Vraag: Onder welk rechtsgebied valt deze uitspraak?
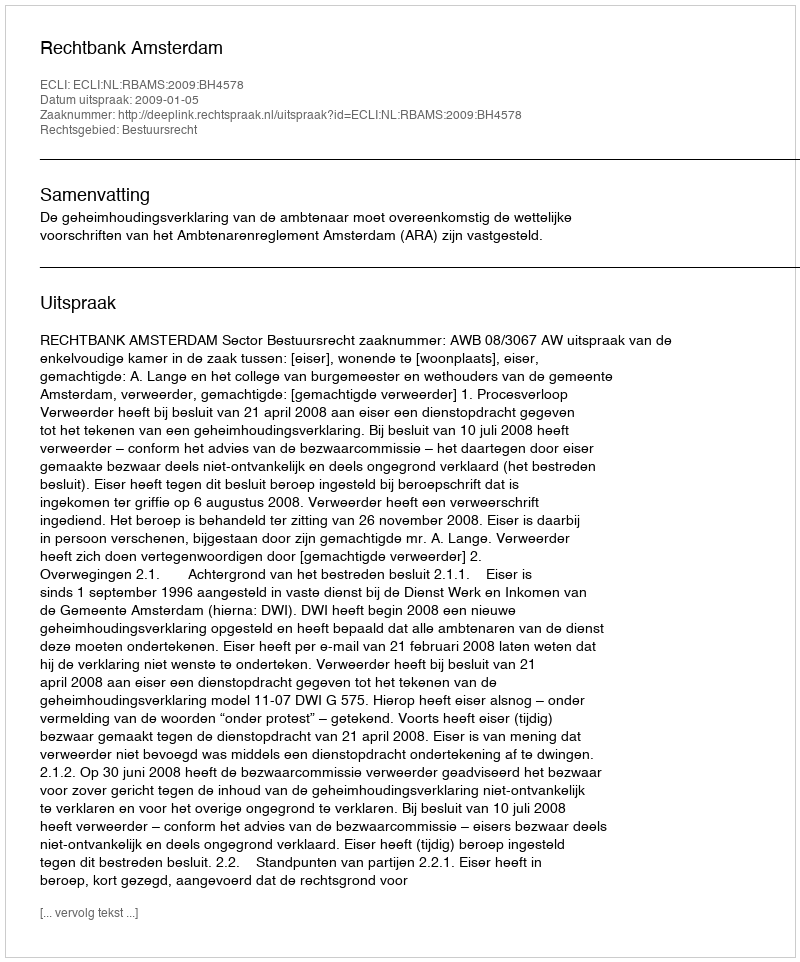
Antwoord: Bestuursrecht